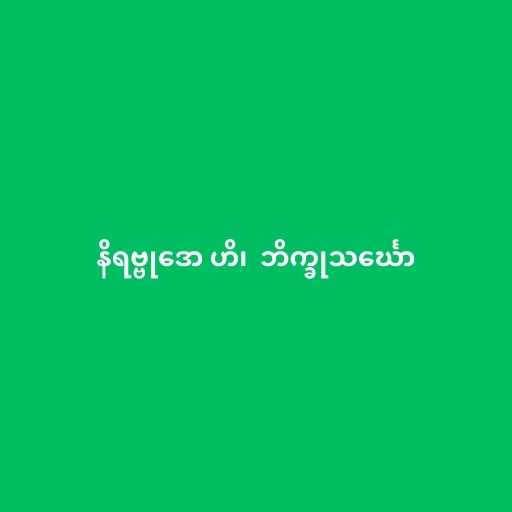
နိရဗ္ဗုဒော ဟိ၊  ဘိက္ခုသင်္ဃော